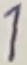
Text: 1